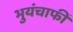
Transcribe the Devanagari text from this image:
भुयंचाफीं